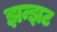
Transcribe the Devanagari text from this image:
झन्झट